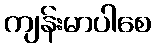
ကျန်းမာပါစေ